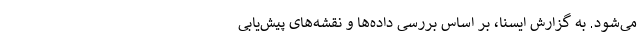
می‌شود. به گزارش ایسنا، بر اساس بررسی داده‌ها و نقشه‌های پیش‌یابی